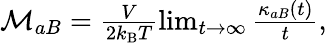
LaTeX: \begin{array}{r}{\mathcal{M}_{aB}=\frac{V}{2k_{\mathrm{B}}T}\operatorname*{lim}_{t\to\infty}\frac{\kappa_{aB}(t)}{t},}\end{array}